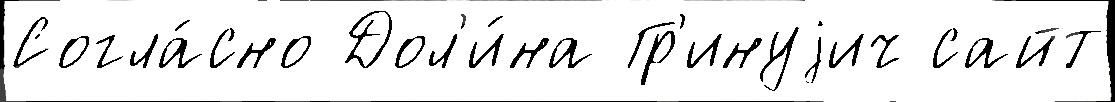
Согла́сно Дол'и́на Гр'инуjич сайт